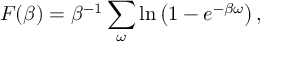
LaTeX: F ( \beta ) = \beta ^ { - 1 } \sum _ { \omega } \ln \left( 1 - e ^ { - \beta \omega } \right) ,